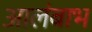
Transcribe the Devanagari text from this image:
आलंबाभ